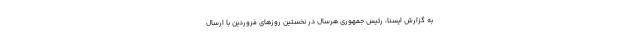
به گزارش ایسنا، رئیس جمهوری هرسال در نخستین روزهای فروردین با ارسال